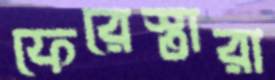
ফেরেস্তারা